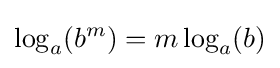
\log _{a}(b^{m})=m\log _{a}(b)